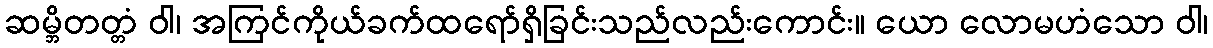
ဆမ္ဘိတတ္တံ ဝါ၊ အကြင်ကိုယ်ခက်ထရော်ရှိခြင်းသည်လည်းကောင်း။ ယော လောမဟံသော ဝါ၊